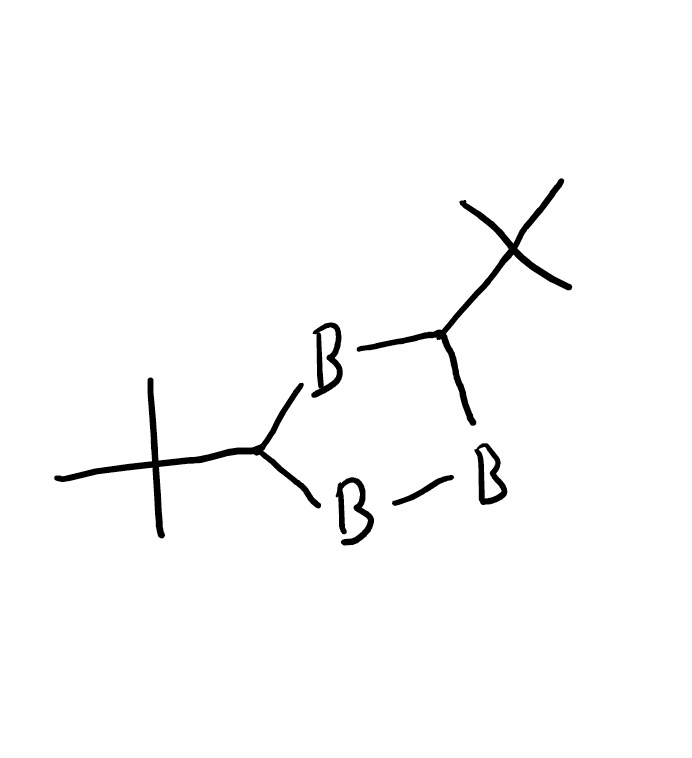
Simplified molecular-input line-entry system (SMILES) notation of the given molecule:
[B]1[B]C([B]C1C(C)(C)C)C(C)(C)C